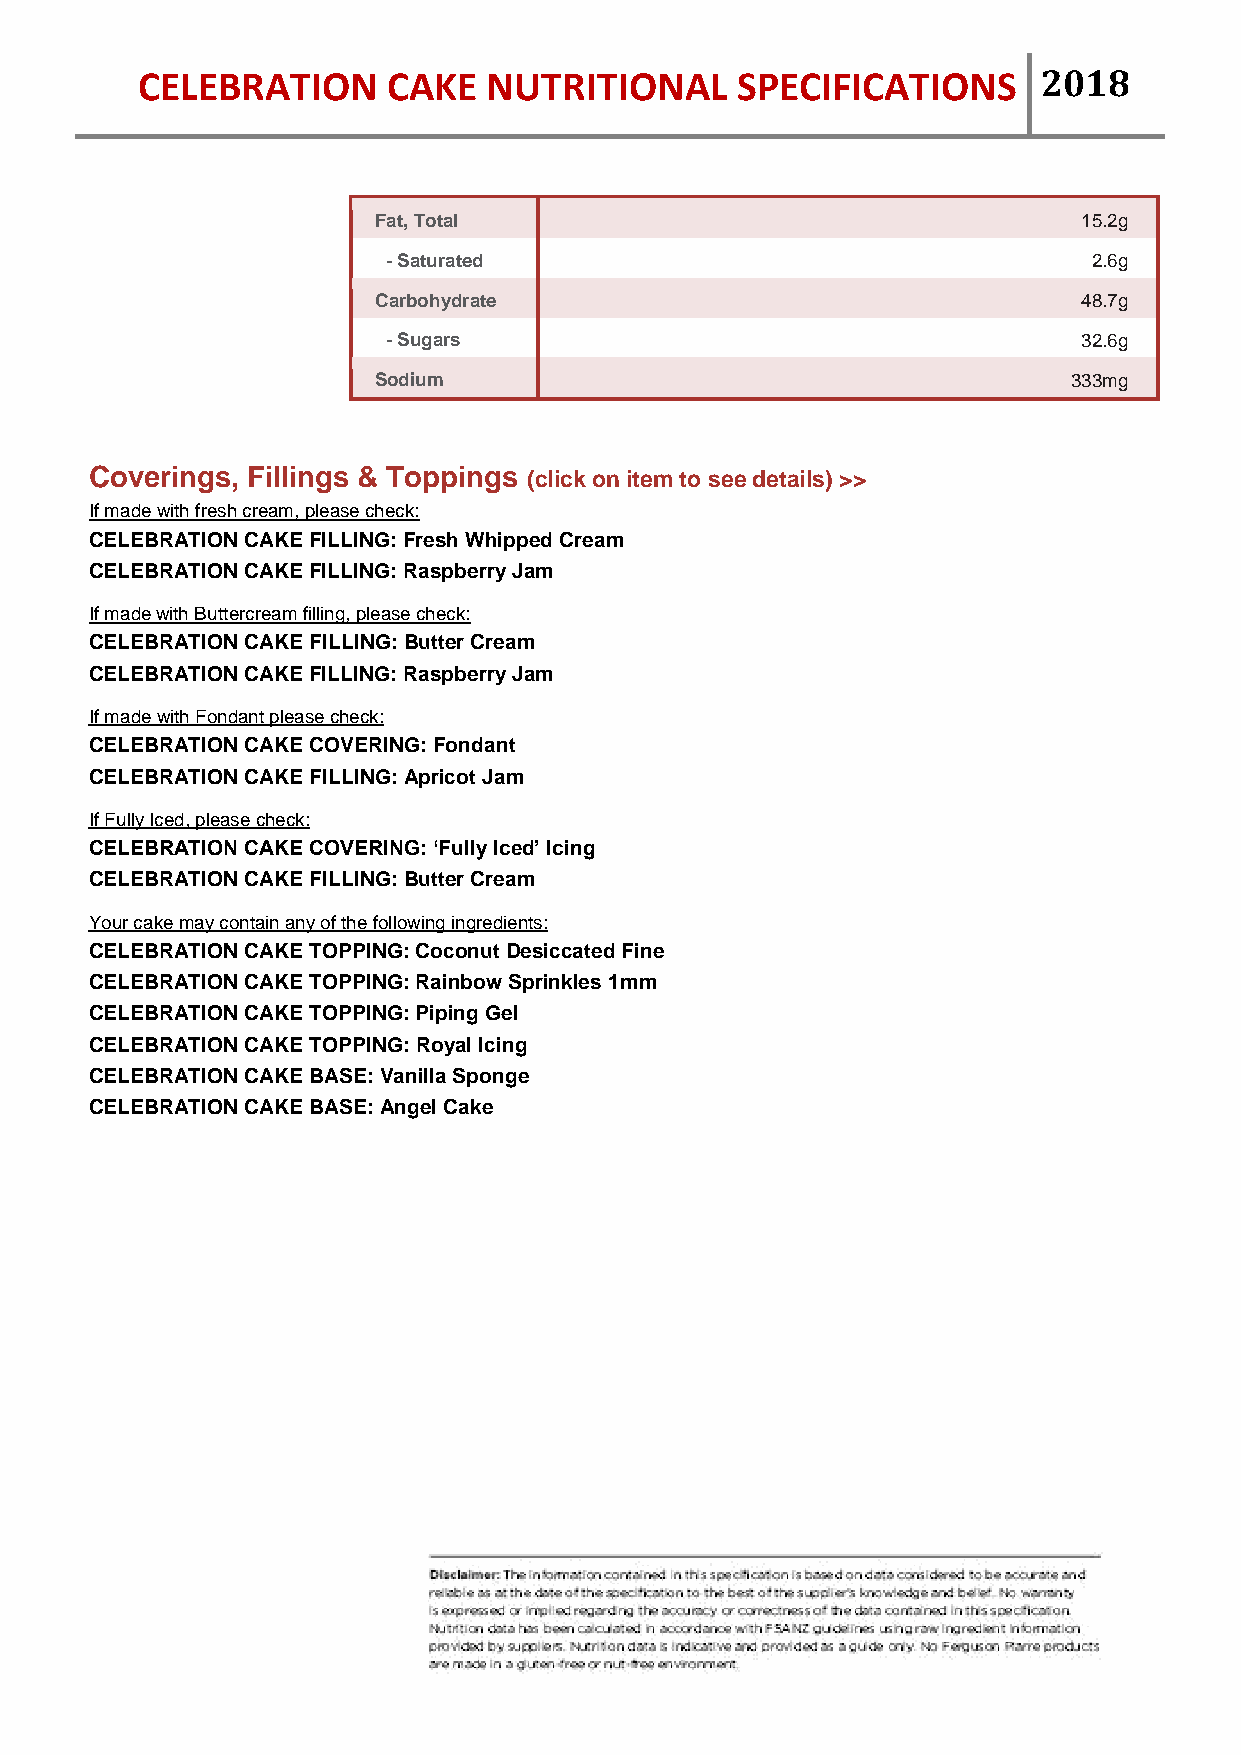
CELEBRATION      CAKE  NUTRITIONAL      SPECIFICATIONS      2018
 Fat, Total                                     15.2g
 - Saturated                                   2.6g
 Carbohydrate                                   48.7g
 - Sugars                                      32.6g
 Sodium                                        333mg
 Coverings, Fillings & Toppings (click on item to see details) >>
 If made with fresh cream, please check:
 CELEBRATION CAKE FILLING: Fresh Whipped Cream
 CELEBRATION CAKE FILLING: Raspberry Jam
 If made with Buttercream filling, please check:
 CELEBRATION CAKE FILLING: Butter Cream
 CELEBRATION CAKE FILLING: Raspberry Jam
 If made with Fondant please check:
 CELEBRATION CAKE COVERING: Fondant
 CELEBRATION CAKE FILLING: Apricot Jam
 If Fully Iced, please check:
 CELEBRATION CAKE COVERING: ‘Fully Iced’ Icing
 CELEBRATION CAKE FILLING: Butter Cream
 Your cake may contain any of the following ingredients:
 CELEBRATION CAKE TOPPING: Coconut Desiccated Fine
 CELEBRATION CAKE TOPPING: Rainbow Sprinkles 1mm
 CELEBRATION CAKE TOPPING: Piping Gel
 CELEBRATION CAKE TOPPING: Royal Icing
 CELEBRATION CAKE BASE: Vanilla Sponge
 CELEBRATION CAKE BASE: Angel Cake